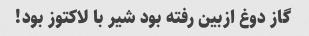
گاز دوغ ازبین رفته بود شیر با لاکتوز بود!